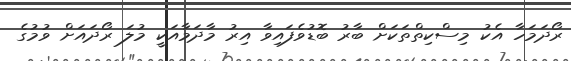
ރޯދަމަހާ އެކު މިސްކިތްތަކަށް ބާރު ބޮޑުވެފައިވާ އިރު މާދަމާއަކީ މުލަ ރޯދައަށް ވުމުގެ